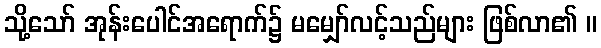
သို့သော် အုန်းပေါင်အရောက်၌ မမျှော်လင့်သည်များ ဖြစ်လာ၏ ။